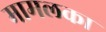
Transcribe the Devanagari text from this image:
मामलका